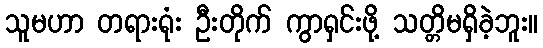
သူမဟာ တရားရုံး ဦးတိုက် ကွာရှင်းဖို့ သတ္တိမရှိခဲ့ဘူး။